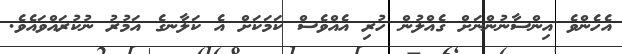
އެހެންވެ އިންސާނުންނަށް ގެއްލުން ހުރި އެއްވެސް ކަމަކަށް އެ ކަލާނގެ އަމުރު ނުކުރައްވައެވެ.